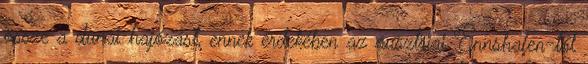
össze a dunai hajózást, ennek érdekében az ausztriai Ennshafen-től